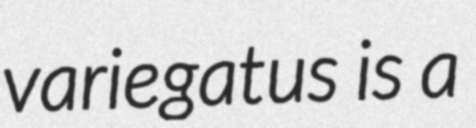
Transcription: variegatus is a